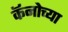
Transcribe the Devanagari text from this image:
कॅनोच्या